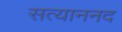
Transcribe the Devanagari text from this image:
सत्याननद